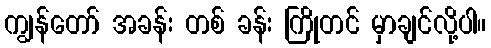
ကျွန်တော် အခန်း တစ် ခန်း ကြိုတင် မှာချင်လို့ပါ။